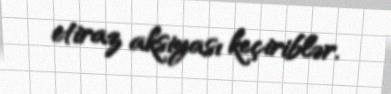
etiraz aksiyası keçiriblər.